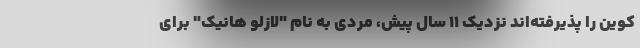
کوین را پذیرفته‌اند نزدیک ۱۱ سال پیش، مردی به نام "لازلو هانیک" برای